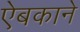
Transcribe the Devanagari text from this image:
ऐबकाने